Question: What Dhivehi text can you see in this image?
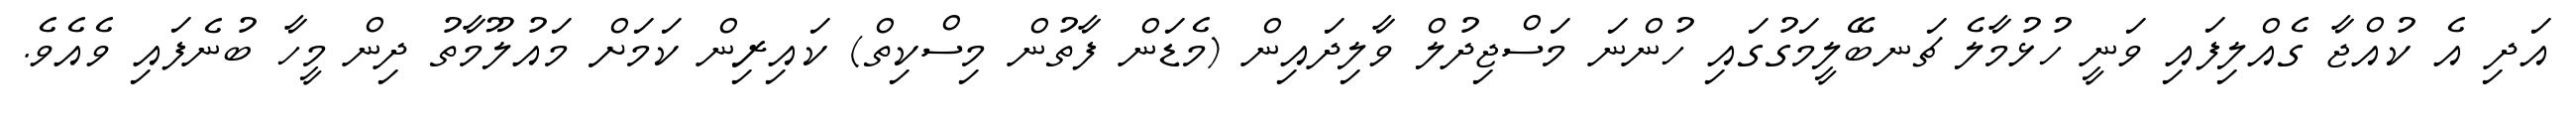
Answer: އަދި އެ ކުއްޖާ ގެއްލިފައި ވަނީ ހުޅުމާލެ ޗަނބޭލީމަގުގައި ހުންނަ މަސްޖިދުލް ވާލިދައިން (މެޑަން ފާތުން މިސްކިތް) ކައިރިން ކަމަށް މައުލޫމާތު ދިން މީހާ ބުނެފައި ވެއެވެ.